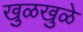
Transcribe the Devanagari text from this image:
खुळखुळे